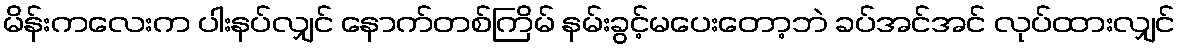
မိန်းကလေးက ပါးနပ်လျှင် နောက်တစ်ကြိမ် နမ်းခွင့်မပေးတော့ဘဲ ခပ်အင်အင် လုပ်ထားလျှင်